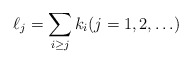
\begin{align*} \ell_j = \sum_{i\geq j} k_i (j=1,2,\ldots)\end{align*}